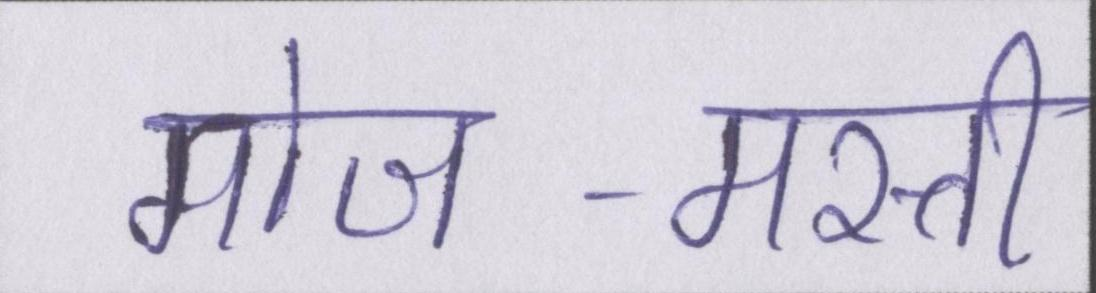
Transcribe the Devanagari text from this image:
मोज-मस्ती